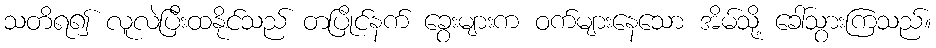
သတိရ၍ လူလဲပြီးထနိုင်သည် တပြိုင်နက် ခွေးများက ဝက်များနေသော အိမ်သို့ ခေါ်သွားကြသည်။